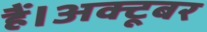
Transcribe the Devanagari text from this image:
हैं।अक्टूबर